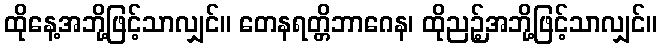
ထိုနေ့အဘို့ဖြင့်သာလျှင်။ တေနရတ္တိဘာဂေန၊ ထိုညဉ့်အဘို့ဖြင့်သာလျှင်။